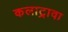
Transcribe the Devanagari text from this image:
कलाट्रावा